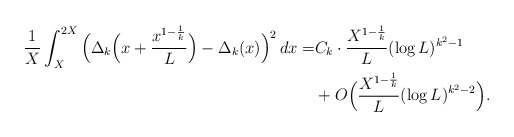
\begin{align*} \frac1X \int_X^{2X}\Big(\Delta_k\Big(x+\frac{x^{1-\frac1k}}{L}\Big)-\Delta_k(x) \Big)^2\, dx=& C_k \cdot \frac{X^{1-\frac1k}}{L}(\log L)^{k^2-1}\\ &+O\Big(\frac{X^{1-\frac1k}}{L}(\log L)^{k^2-2}\Big).\end{align*}